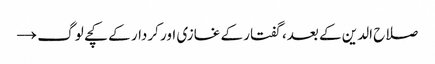
صلاح الدین کے بعد، گفتار کے غازی اور کردار کے کچے لوگ →